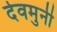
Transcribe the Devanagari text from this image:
देवमुनी